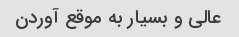
عالی و بسیار به موقع آوردن